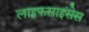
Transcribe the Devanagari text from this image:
लाइफसाइंसेस